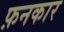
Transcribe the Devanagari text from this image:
फ़नकार